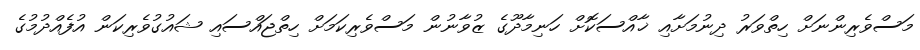
މަސްވެރިންނަށް ހިތްވަރު ދިނުމަށާއި ޚާއްސަކޮށް ހަނިމާދޫގެ ޒުވާނުން މަސްވެރިކަމަށް ހިތްޖައްސައި ޝައުގުވެރިކަން އުފެއްދުމުގެ